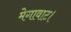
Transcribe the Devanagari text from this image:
मेगावाट।